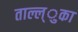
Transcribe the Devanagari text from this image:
ताल्ल्ुका